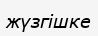
жүзгішке